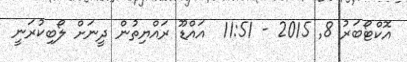
އޮކްޓޯބަރު 8